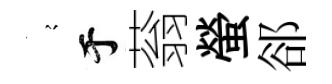
𡪹于蓊螢郤